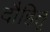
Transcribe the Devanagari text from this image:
दौहितृ